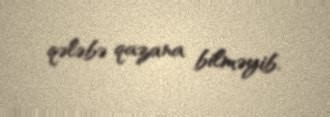
qələbə qazana bilməyib.